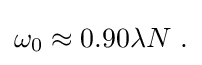
{\textstyle \omega _{0}\approx 0.90\lambda N\ .}